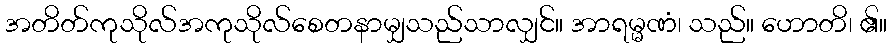
အတိတ်ကုသိုလ်အကုသိုလ်စေတနာမျှသည်သာလျှင်။ အာရမ္မဏံ၊ သည်။ ဟောတိ၊ ၏။